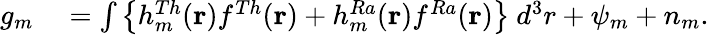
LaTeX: \begin{array}{rl}{g_{m}}&{{}=\int\left\{ h_{m}^{Th}(\mathbf{r})f^{Th}(\mathbf{r})+h_{m}^{Ra}(\mathbf{r})f^{Ra}(\mathbf{r})\right\} ~d^{3}r+\psi_{m}+n_{m}.}\end{array}